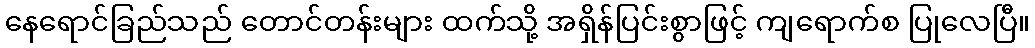
နေရောင်ခြည်သည် တောင်တန်းများ ထက်သို့ အရှိန်ပြင်းစွာဖြင့် ကျရောက်စ ပြုလေပြီ။